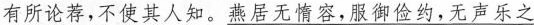
有所论荐，不使其人知。\underline{燕居无情客，服御俭约，无声乐之}